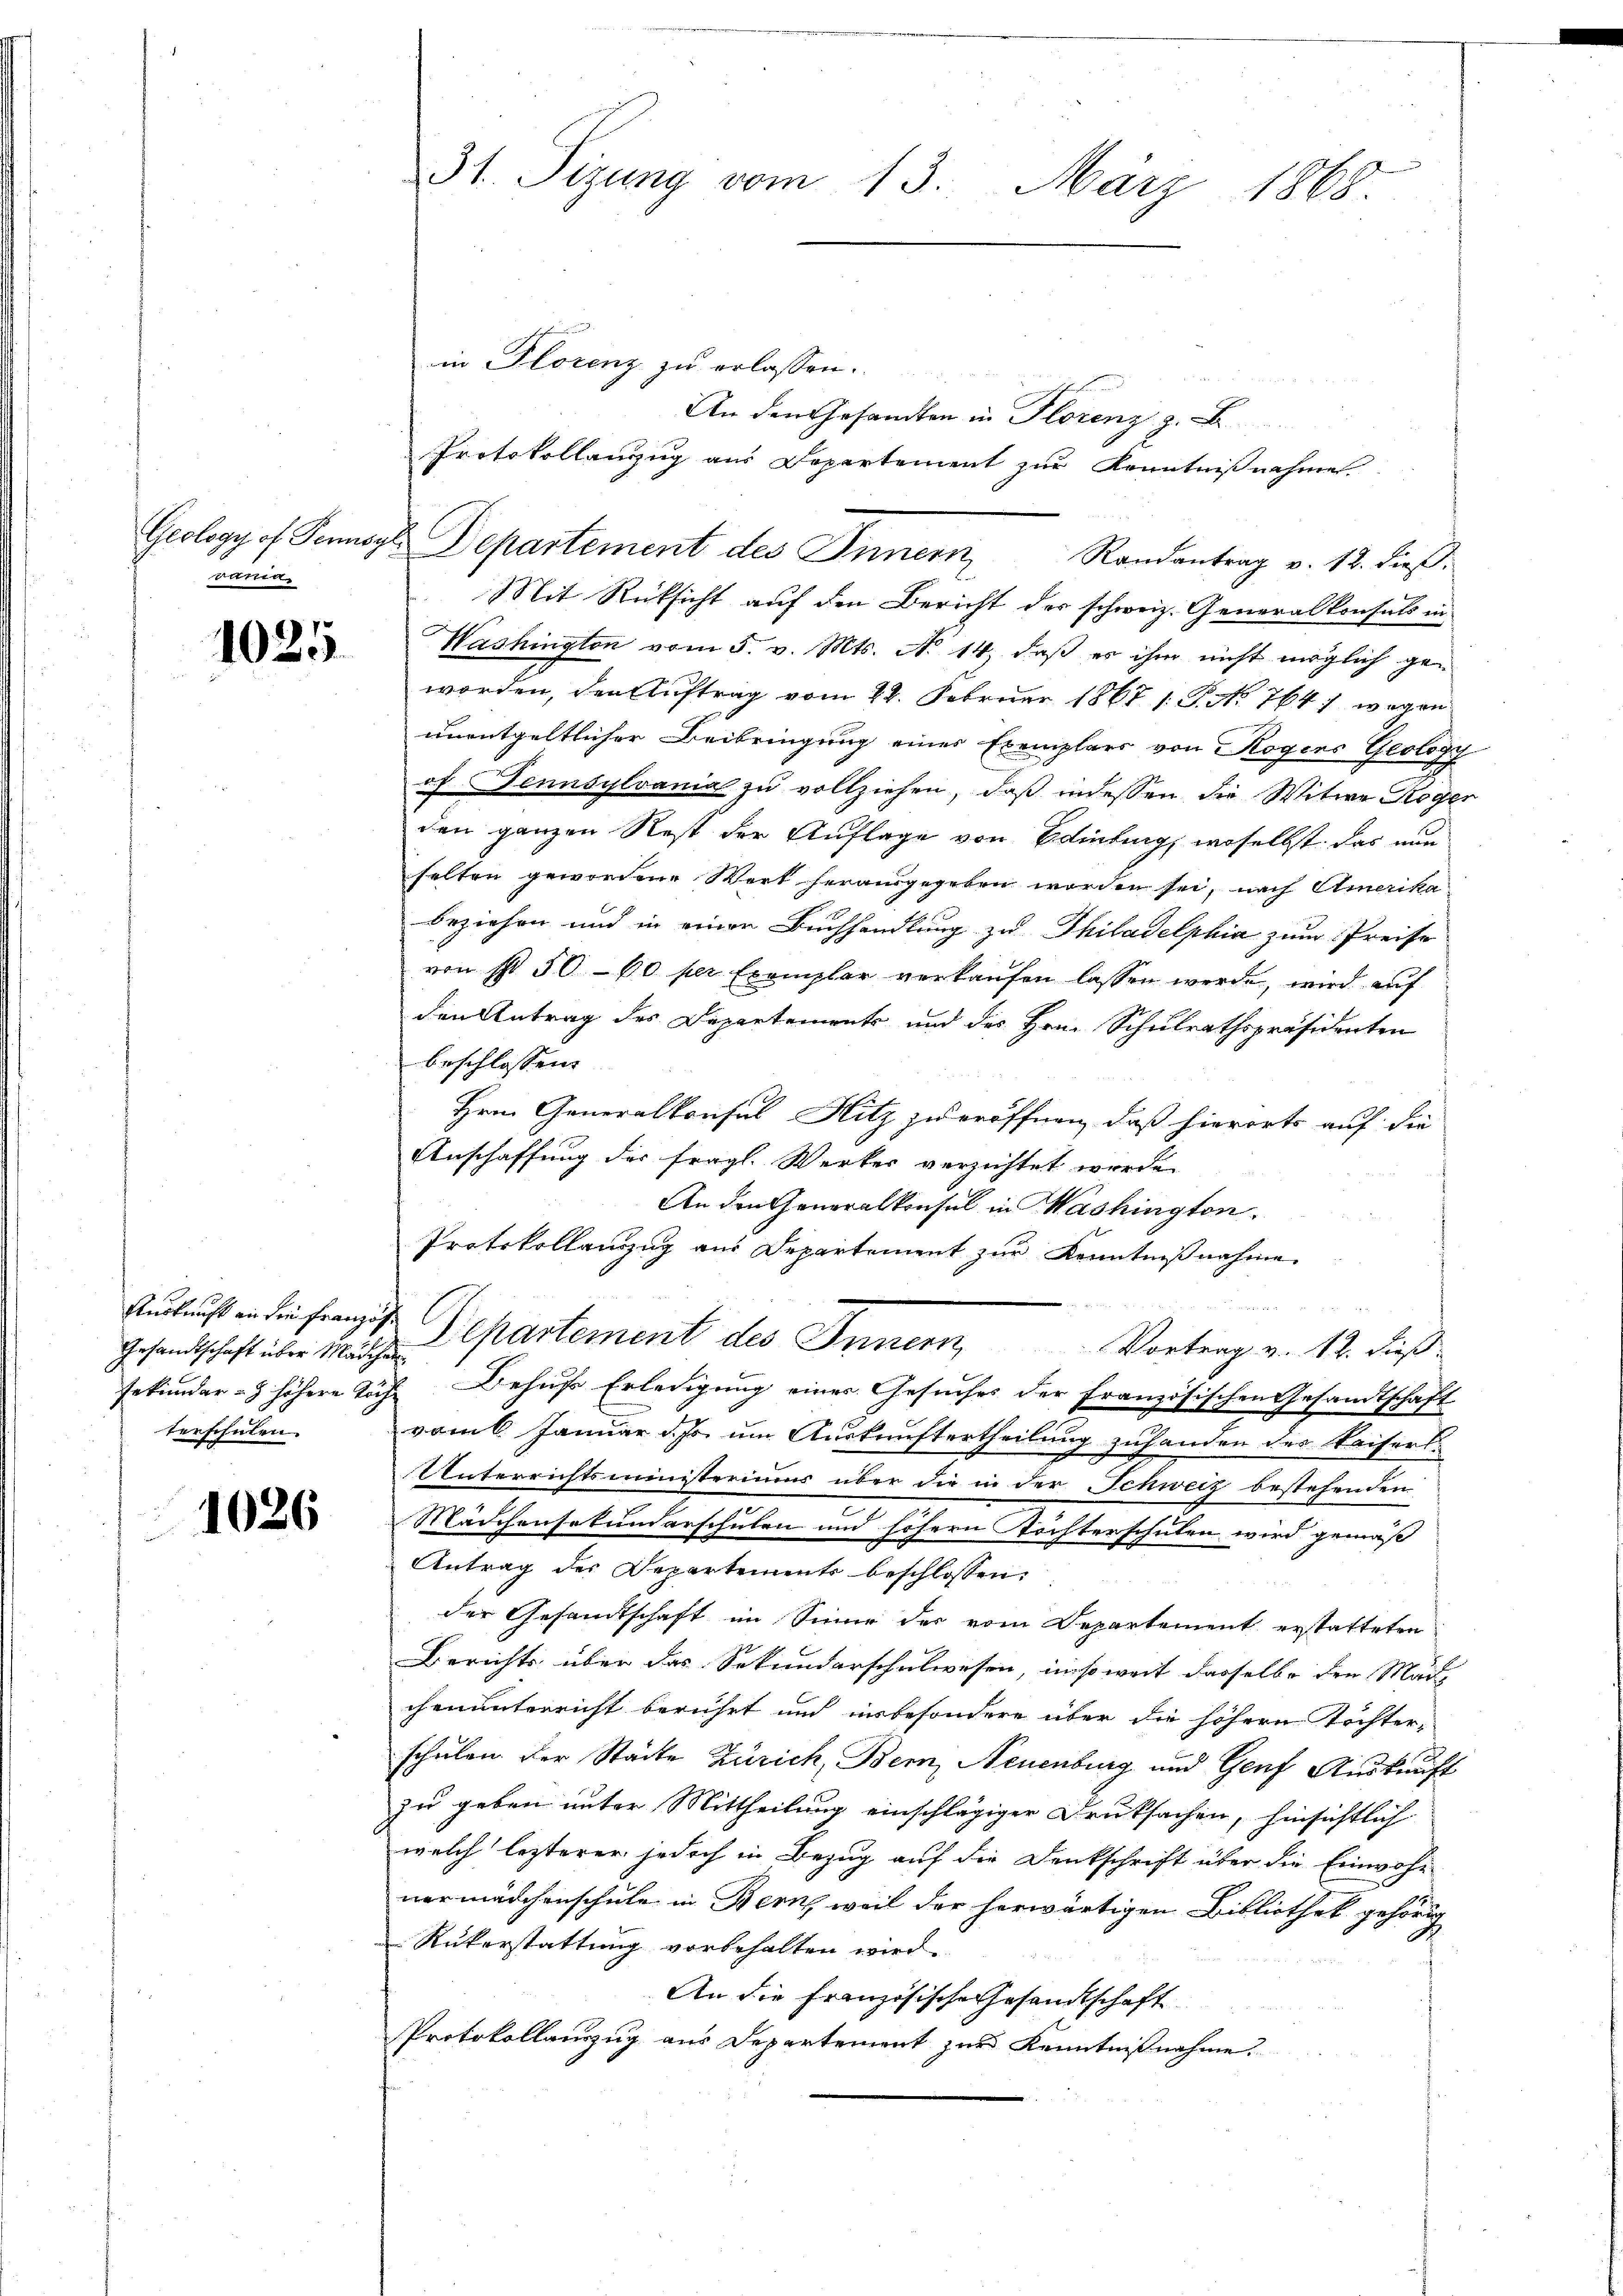
varia

1025.

Gesandtschaft über Mädchen
terschulen.

1026

31. Sizung vom 13. März 1868

in Florenz zu erlassen.
undun
An den Gesandten in Florenz z.
Protokollanzug aus Departement zŭr Kenntniβnahme
Mit Rücksicht auf den Bericht der schweiz. Generalkonsuls in
Washington vom 5. v. Mts. No 14, daß es ihm nicht möglich geworden, den Auftrag vom 28. Februar 1867 1. P. No. 764 wegen
unentgeltlicher Beibringung einer Exemplars von Rogens Geology
of Tennsylvania zu vollziehen, daß indessen die Witwe Roger
den ganzen Rest der Auflage von Edinburg, woselbst das nun
selten gewordene Werk herausgegeben worden sei, nach Amerika-
Beziehen und in einen Buchhandlung zu Thiladelphia zum Preise
von ist 50 - 10 per Exemplar verkaufen lassen werde, wird auf
den Antrag des Departements und des Hrn. Schulrathspräsidenten
beschlossen:
Hrn. Generalkonsul Hitz zu eröffnen, daß hierorts auf die
Anschaffung der fragl. Werker verzichtet werde.
An den Generalkonsul in Washington
Protokollanzug aus Departement zur Kenntnißnahme
Aukunft in den franzis Departement des Innern, Vortrag v. 12. dieß
Gekunder - höhere Täche Behufs Erledigung einer Gesuches der Französischen Gesandtschaft
vom 6. Januar d. Js. um Auskunftertheilung zuhanden des Kaiserl.
Unterrichtsministeriums über die in der Schweiz bestehenden
Mädchensekundarschulen und höhern Tochterschulen wird gemäß
Antrag der Departements beschlossen:
der Gesandtschaft im Sinne der vom Departement erstatteten
Berichts über das Sekundarschulwesen, insoweit dasselbe den Mädchenunterricht berührt und insbesondere über die höhern Töchter-
schulen der Stadte Zürich, Bern, Neuenburg und Genf Auskunft
zu geben unter Mittheilung einschlägiger Druksachen, hinsichtlich
welch lezterer jedoch in Bezug auf die Denkschrift über die Einwohn
nermädchenschule in Bern, weil der herwärtigen Bibliothek gehörig
Rükerstattung vorbehalten wird.
An die Französische Gesandtschaft
Protokollauszug aus Departement zur Kenntnißnahme.

Geology of Genos Departement des Innern, Randantrag v. 12. dieß.